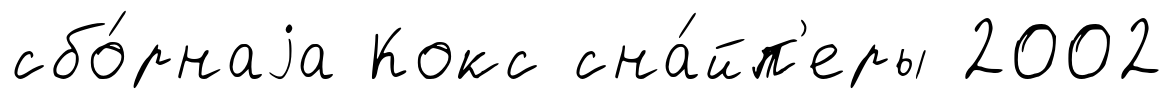
сбо́рнаjа Кокс сна́йп'еры 2002